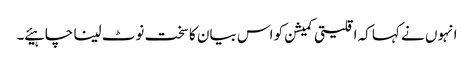
انہوں نے کہا کہ اقلیتی کمیشن کو اس بیان کا سخت نوٹ لینا چاہیئے ۔